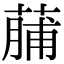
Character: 䔕